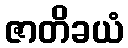
ဇာတိခယံ